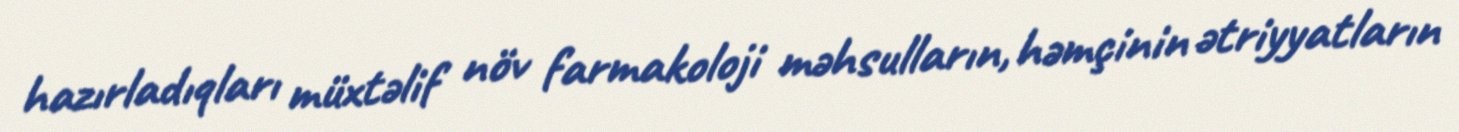
hazırladıqları müxtəlif növ farmakoloji məhsulların, həmçinin ətriyyatların